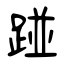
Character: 踫